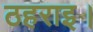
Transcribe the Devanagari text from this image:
ठहराइ।